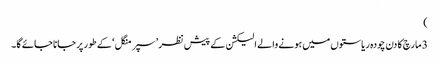
)
3 مارچ کا دن چودہ ریاستوں میں ہونے والے الیکشن کے پیش نظر ’سپر منگل ‘کے طور پر جانا جائے گا۔